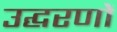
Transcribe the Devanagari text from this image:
उद्घरणों